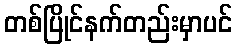
တစ်ပြိုင်နက်တည်းမှာပင်